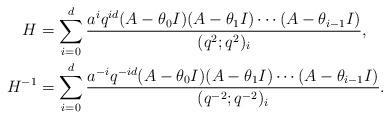
LaTeX: \begin{align*} H&= \sum_{i=0}^{d} \frac{ a^i q^{id}(A-\theta_0 I )( A-\theta_{1}I ) \cdots (A-\theta_{i-1}I)}{(q^2;q^2)_i}, \\ H^{-1} &= \sum_{i=0}^{d} \frac{ a^{-i} q^{-id}(A-\theta_0 I )( A-\theta_{1}I ) \cdots (A-\theta_{i-1}I)}{(q^{-2};q^{-2})_i}. \end{align*}